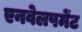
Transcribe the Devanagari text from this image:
एनवेलपमेंट